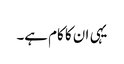
یہی ان کا کام ہے۔